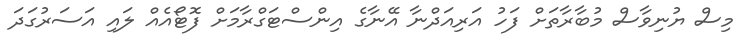
މިސް ޔުނިވާސް މުބާރާތަށް ފަހު އަރިއަދްނާ އޭނާގެ އިންސްޓަގްރާމަށް ފޮޓޯއެއް ލައި އަސަރުގަދަ